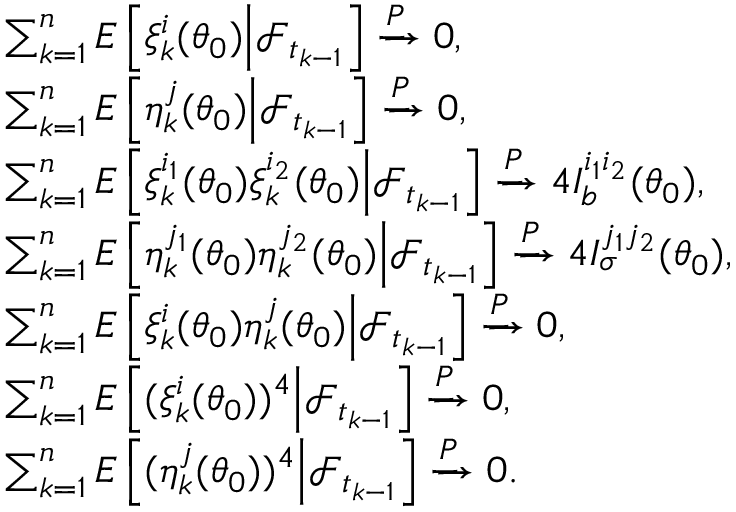
\begin{array} { r l } & { \sum _ { k = 1 } ^ { n } E \left[ \xi _ { k } ^ { i } ( \theta _ { 0 } ) \Big | \mathcal { F } _ { t _ { k - 1 } } \right] \xrightarrow { P } 0 , } \\ & { \sum _ { k = 1 } ^ { n } E \left[ \eta _ { k } ^ { j } ( \theta _ { 0 } ) \Big | \mathcal { F } _ { t _ { k - 1 } } \right] \xrightarrow { P } 0 , } \\ & { \sum _ { k = 1 } ^ { n } E \left[ \xi _ { k } ^ { i _ { 1 } } ( \theta _ { 0 } ) \xi _ { k } ^ { i _ { 2 } } ( \theta _ { 0 } ) \Big | \mathcal { F } _ { t _ { k - 1 } } \right] \xrightarrow { P } 4 I _ { b } ^ { i _ { 1 } i _ { 2 } } ( \theta _ { 0 } ) , } \\ & { \sum _ { k = 1 } ^ { n } E \left[ \eta _ { k } ^ { j _ { 1 } } ( \theta _ { 0 } ) \eta _ { k } ^ { j _ { 2 } } ( \theta _ { 0 } ) \Big | \mathcal { F } _ { t _ { k - 1 } } \right] \xrightarrow { P } 4 I _ { \sigma } ^ { j _ { 1 } j _ { 2 } } ( \theta _ { 0 } ) , } \\ & { \sum _ { k = 1 } ^ { n } E \left[ \xi _ { k } ^ { i } ( \theta _ { 0 } ) \eta _ { k } ^ { j } ( \theta _ { 0 } ) \Big | \mathcal { F } _ { t _ { k - 1 } } \right] \xrightarrow { P } 0 , } \\ & { \sum _ { k = 1 } ^ { n } E \left[ ( \xi _ { k } ^ { i } ( \theta _ { 0 } ) ) ^ { 4 } \Big | \mathcal { F } _ { t _ { k - 1 } } \right] \xrightarrow { P } 0 , } \\ & { \sum _ { k = 1 } ^ { n } E \left[ ( \eta _ { k } ^ { j } ( \theta _ { 0 } ) ) ^ { 4 } \Big | \mathcal { F } _ { t _ { k - 1 } } \right] \xrightarrow { P } 0 . } \end{array}